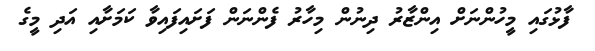
ފާޅުގައި މީހުންނަށް އިންޒާރު ދިނުން މިހާރު ފެންނަން ފަށައިފައިވާ ކަމަށާއި އަދި މީގެ